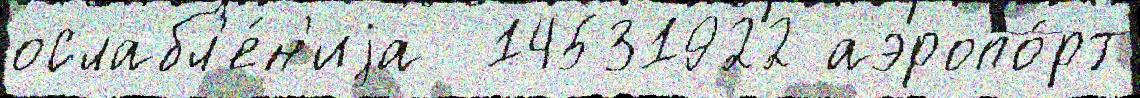
ослабл'е́н'иjа  14531922 аэропо́рт